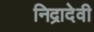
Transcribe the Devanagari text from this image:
निद्रादेवी